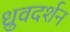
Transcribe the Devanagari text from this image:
ध्रुवदर्शन